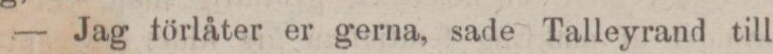
— Jag förlåter er gerna, sade Talleyrand till